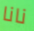
نانا